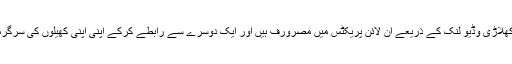
اس وقت دنیا بھر میں کھلاڑی وڈیو لنک کے ذریعے آن لائن پریکٹس میں مصرورف ہیں اور ایک دوسرے سے رابطے کرکے اپنی اپنی کھیلوں کی سرگرمیاں شیئر کررہے ہیں۔